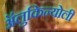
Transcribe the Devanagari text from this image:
ॲलुकिन्योली